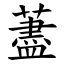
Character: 藎